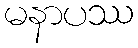
မနာပဿ